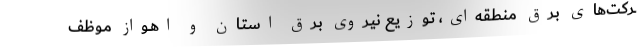
ـرکت‌های بـرق منطقه‌ای، تـوزیع نیـروی بـرق استـان و اهــواز مـوظف